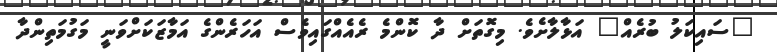
"ސައިކަލު ބުރެއް" އަޅާލާށެވެ. މިގޮތަށް ދާ ކޮންމެ ރެއެއްގައިވެސް އަހަރެންގެ އަމާޒަކަށްވަނީ މަގުމަތިންދާ